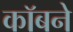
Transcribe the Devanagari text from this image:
कॉबने